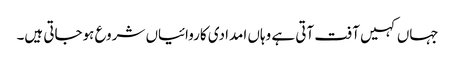
جہاں کہیں آفت آتی ہے وہاں امدادی کاروائیاں شروع ہوجاتی ہیں۔